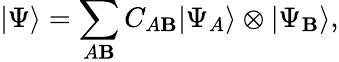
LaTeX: |\Psi\rangle=\sum_{A\mathbf{B}}C_{A\mathbf{B}}|\Psi_{A}\rangle\otimes|\Psi_{\mathbf{B}}\rangle,